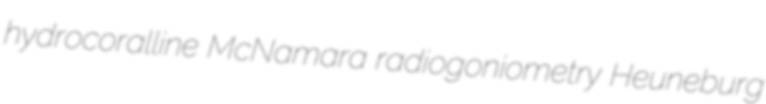
hydrocoralline McNamara radiogoniometry Heuneburg